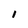
Character: 1